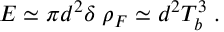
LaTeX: E \simeq \pi d ^ { 2 } \delta \; \rho _ { F } \simeq d ^ { 2 } T _ { b } ^ { 3 } \; .